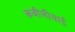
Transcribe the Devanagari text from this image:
क़बीलीयाई